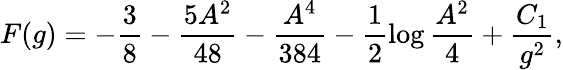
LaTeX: F(g)=-\frac{3}{8}-\frac{5A^{2}}{48}-\frac{A^{4}}{384}-\frac{1}{2}\log\frac{A^{2}}{4}+\frac{C_{1}}{g^{2}},